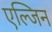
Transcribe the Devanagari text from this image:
एल्जिन